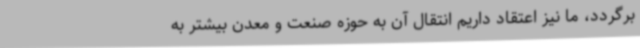
برگردد، ما نیز اعتقاد داریم انتقال آن به حوزه صنعت و معدن بیشتر به